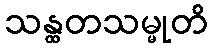
သန္ထတသမ္မုတိ